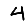
Digit: 4